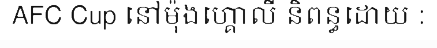
AFC Cup នៅម៉ុងហ្គោលី និពន្ធដោយ :